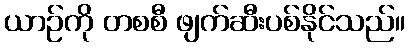
ယာဉ်ကို တစစီ ဖျက်ဆီးပစ်နိုင်သည်။